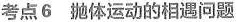
考点6 抛体运动的相遇问题